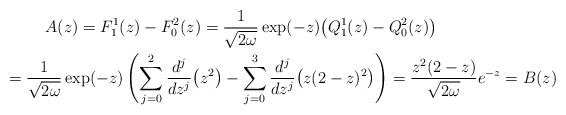
\begin{gather*} A(z) =F_{1}^{1}(z) -F_{0}^{2}(z) = \frac{1}{\sqrt{2\omega }}\exp (-z) \big( Q_{1}^{1}(z)-Q_{0}^{2}(z)\big) \\\hphantom{A(z)}{}= \frac{1}{\sqrt{2\omega }}\exp (-z) \left( \sum_{j=0}^{2}\frac{ d^{j}}{dz^{j}}\big( z^{2}\big) -\sum_{j=0}^{3}\frac{d^{j}}{dz^{j}}\big( z ( 2-z ) ^{2}\big) \right) = \frac{z^{2} ( 2-z ) }{\sqrt{2\omega }}e^{-z}=B(z)\end{gather*}